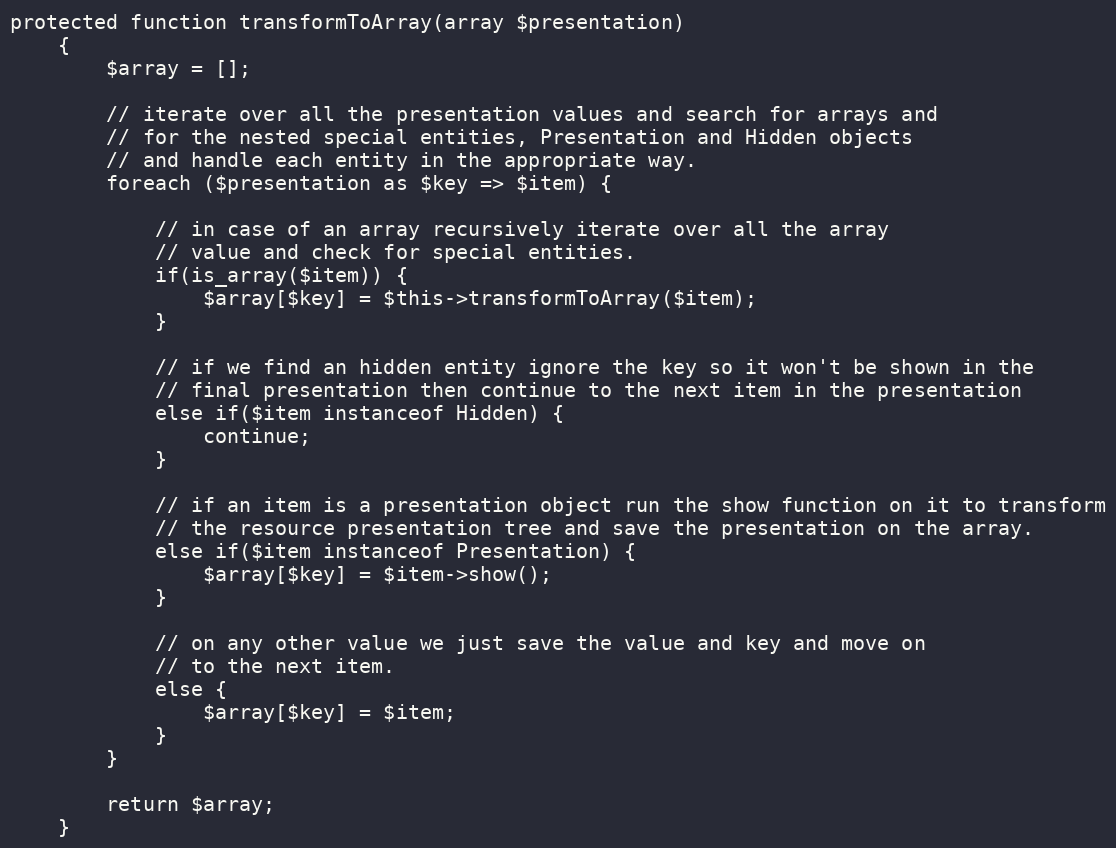
Language: PHP
protected function transformToArray(array $presentation)
    {
        $array = [];

        // iterate over all the presentation values and search for arrays and
        // for the nested special entities, Presentation and Hidden objects
        // and handle each entity in the appropriate way.
        foreach ($presentation as $key => $item) {

            // in case of an array recursively iterate over all the array
            // value and check for special entities.
            if(is_array($item)) {
                $array[$key] = $this->transformToArray($item);
            }

            // if we find an hidden entity ignore the key so it won't be shown in the
            // final presentation then continue to the next item in the presentation
            else if($item instanceof Hidden) {
                continue;
            }

            // if an item is a presentation object run the show function on it to transform
            // the resource presentation tree and save the presentation on the array.
            else if($item instanceof Presentation) {
                $array[$key] = $item->show();
            }

            // on any other value we just save the value and key and move on
            // to the next item.
            else {
                $array[$key] = $item;
            }
        }

        return $array;
    }